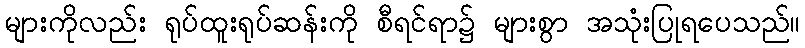
များကိုလည်း ရုပ်ထူးရုပ်ဆန်းကို စီရင်ရာ၌ များစွာ အသုံးပြုရပေသည်။